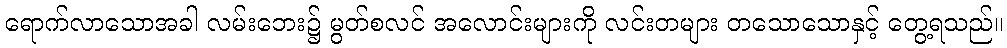
ရောက်လာသောအခါ လမ်းဘေး၌ မွတ်စလင် အလောင်းများကို လင်းတများ တသောသောနှင့် တွေ့ရသည်။